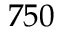
7 5 0